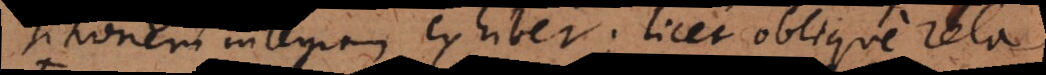
propositionem integram exhibet; licet oblique relatam,